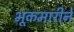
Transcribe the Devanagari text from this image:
भूकमारीने